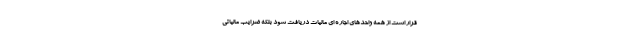
قرار است از همه واحدهای اجاره ای مالیات دریافت شود بلکه ضرایب مالیاتی